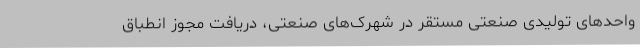
واحدهای تولیدی صنعتی مستقر در شهرک‌های صنعتی، دریافت مجوز انطباق